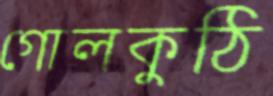
গোলকুঠি